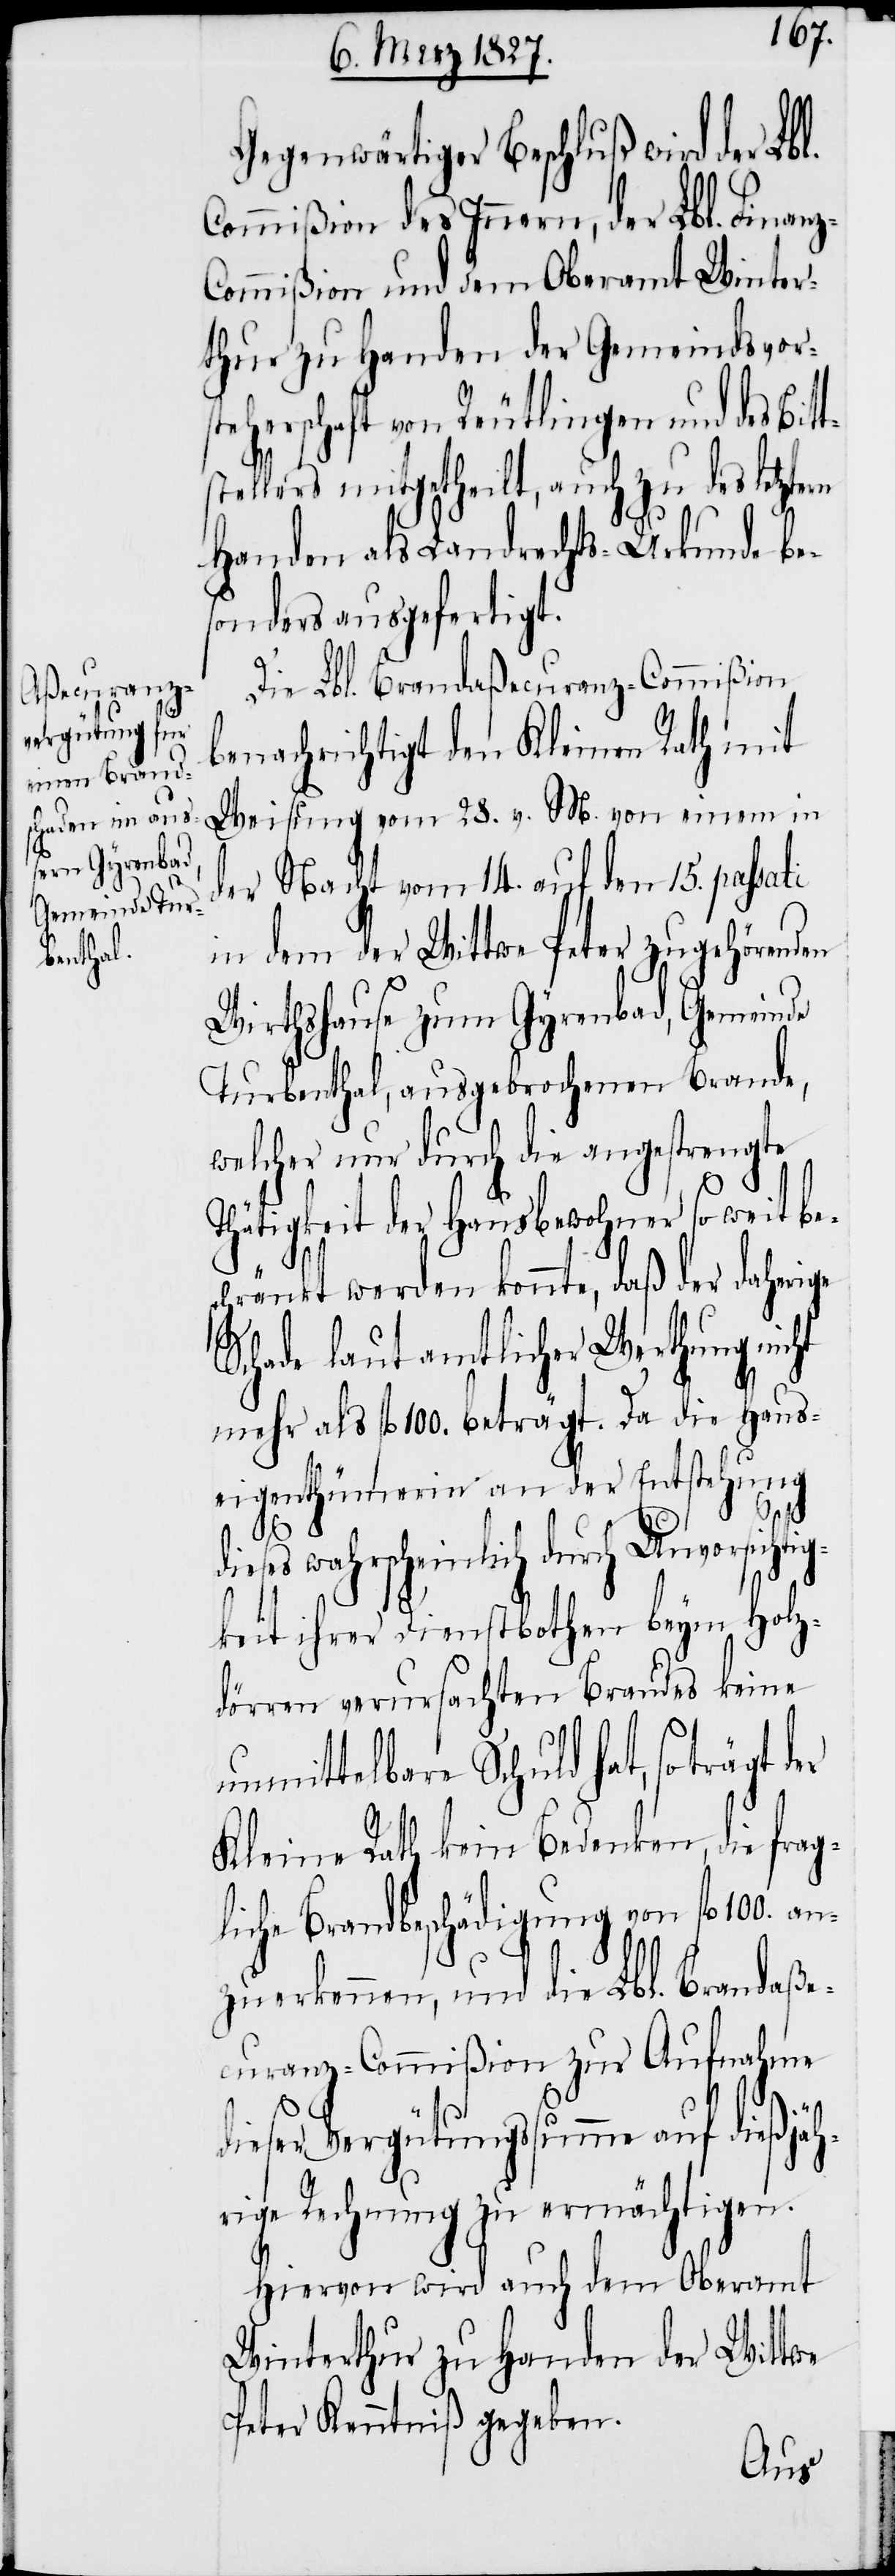
Gegenwärtiger Beschluß wird der Lbl.
Commißion des Innern, der Lbl. Finan¬
z-Commißion und dem Oberamt Winter¬
thur zu Handen der Gemeindsvors¬
teherschaft von Reutlingen und des Bit¬
stellers mitgetheilt, auch zu des letzt¬
Handen als Landrechts-Urkunde be¬
sonders ausgefertigt.
Die Lbl. Brandaßecuranz-Commißion
benachrichtigt den Kleinen Rath mit
Weisung vom 28. v. M. von einem in
der Nacht vom 14. auf den 15. passati
in dem der Wittwe Peter zugehörenden
Wirthshause zum Gyrenbad, Gemeinde
Turbenthal, ausgebrochenen Brande,
welcher nur durch die angestrengte
Thätigkeit der Hausbewohner so weit bes¬
chränkt werden konnte, daß der daherige
Schade laut amtlicher Werthung nicht
als fl. 100. beträgt. Da die Haus¬
eigenthümerin an der Entstehung
d¬
ieses wahrscheinlich durch Unvorsichti¬
gkeit ihrer Dienstbothen beym Holz¬
dörren verursachten Brandes keine
unmittelbare Schuld hat, so trägt
Kleine Rath kein Bedenken, die frag¬
liche Brandbeschädigung von fl. 100. an¬
zuerkennen, und die Lbl. Brandaße¬
curanz-Commißion zur Aufnahme
dieser Vergütungssumme auf dießjäh¬
rige Rechnung zu ermächtigen.
Hiervon wird auch dem Oberamt
Winterthur zu Handen der Wittwe
Peter Kenntniß gegeben.